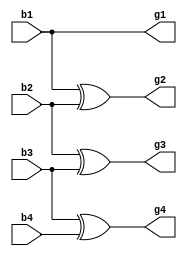
module binary2gray (b1, b2, b3, b4, g1, g2, g3, g4);

input b1, b2, b3, b4;
output g1, g2, g3, g4;

buf gate1 (g1, b1);
xor gate2 (g2, b1, b2);
xor gate3 (g3, b2, b3);
xor gate4 (g4, b3, b4);

endmodule